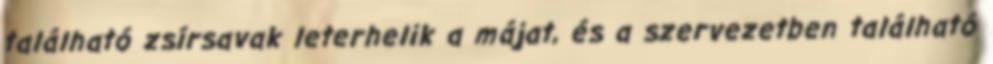
található zsírsavak leterhelik a májat, és a szervezetben található